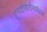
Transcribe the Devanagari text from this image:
एनवायरोनमेंटल